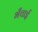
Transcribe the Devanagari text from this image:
भँचाई